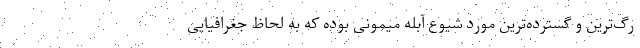
رگ‌ترین و گسترده‌ترین مورد شیوع آبله میمونی بوده که به لحاظ جغرافیایی